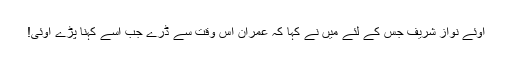
اوئے نواز شریف جس کے لئے میں نے کہا کہ عمران اس وقت سے ڈرے جب اسے کہنا پڑے اوئی!